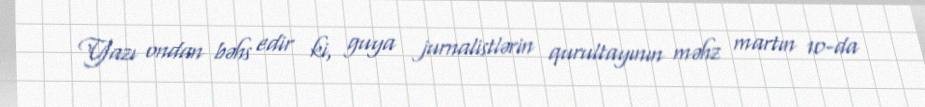
Yazı ondan bəhs edir ki, guya jurnalistlərin qurultayının məhz martın 10-da